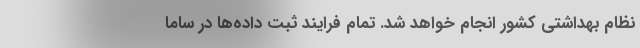
نظام بهداشتی کشور انجام خواهد شد. تمام فرایند ثبت داده‌ها در ساما